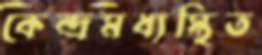
কেন্দ্রমধ্যস্থিত